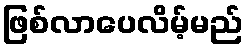
ဖြစ်လာပေလိမ့်မည်